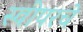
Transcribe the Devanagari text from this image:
स्वीपरचे